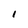
Character: 1